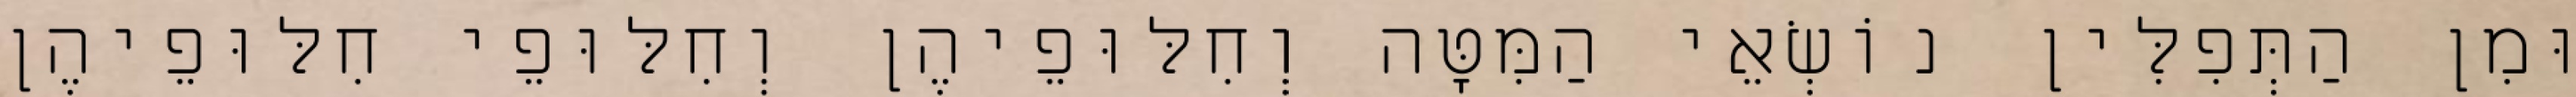
וּמִן הַתְּפִלִּין נוֹשְׂאֵי הַמִּטָּה וְחִלּוּפֵיהֶן וְחִלּוּפֵי חִלּוּפֵיהֶן